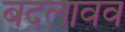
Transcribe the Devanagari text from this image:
बदलावव